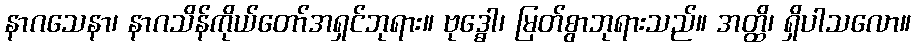
နာဂသေနာ၊ နာဂသိန်ကိုယ်တော်အရှင်ဘုရား။ ဗုဒ္ဓေါ၊ မြတ်စွာဘုရားသည်။ အတ္ထိ၊ ရှိပါသလော။